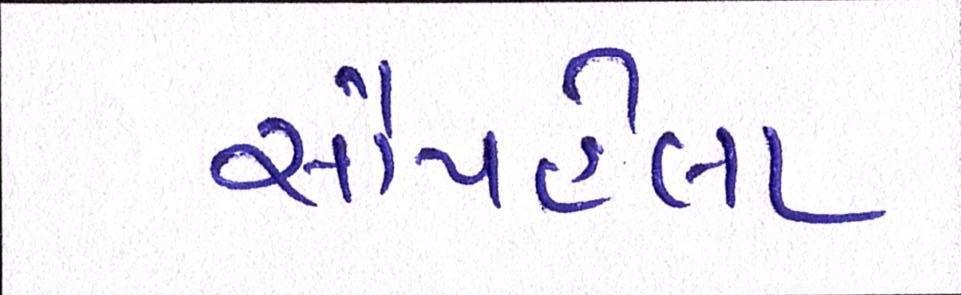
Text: સૌપહેલા